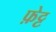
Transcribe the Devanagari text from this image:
फ़ेट्ट